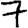
Digit: 7